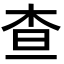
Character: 查